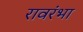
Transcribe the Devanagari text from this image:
रावरंभा